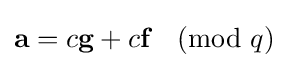
{\textbf {a}}=c{\textbf {g}}+c{\textbf {f}}{\pmod {q}}